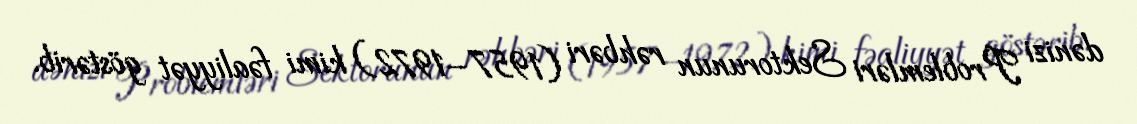
dənizi Problemləri Sektorunun rəhbəri (1957–1972) kimi fəaliyyət göstərib.